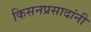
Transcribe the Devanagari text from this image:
किसनप्रसादांनी